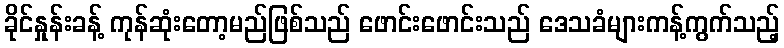
ခိုင်နှုန်းခန့် ကုန်ဆုံးတော့မည်ဖြစ်သည် ဖောင်းဖောင်းသည် ဒေသခံများကန့်ကွက်သည့်